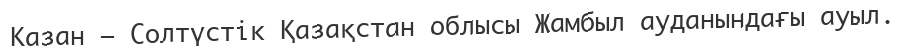
Қазан – Солтүстік Қазақстан облысы Жамбыл ауданындағы ауыл.